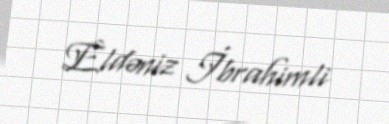
Eldəniz İbrahimli